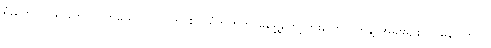
ရုံးတွေကို သွားတိုင်လိုက်မယ်ပြောလိုက် စက်ရုံဘက်က မရွှေ့တော့ဘူးပြောလိုက်နဲ့ အမျိုးမျိုးလုပ်နေပါတယ်